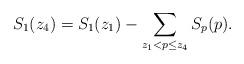
LaTeX: \begin{align*}S_1(z_4)=S_1(z_1)-\sum_{z_1<p\le z_4}S_p(p).\end{align*}